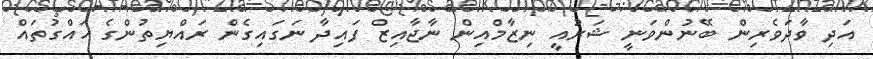
އަދި ވާދަވެރިން ބޭނުންވަނީ ޝަރުއީ ނިޒާމްއިން ނާޖާއިޒް ފައިދާ ނަގައިގެން ރައްޔިތުންގެ ހައްގުތައް